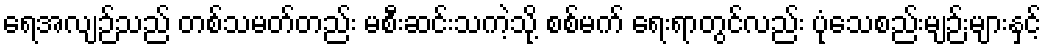
ရေအလျဉ်သည် တစ်သမတ်တည်း မစီးဆင်းသကဲ့သို့ စစ်မက် ရေးရာတွင်လည်း ပုံသေစည်းမျဉ်းများနှင့်